Document type: Sale
Year: 1323
Scribe: Guillem Coscoll
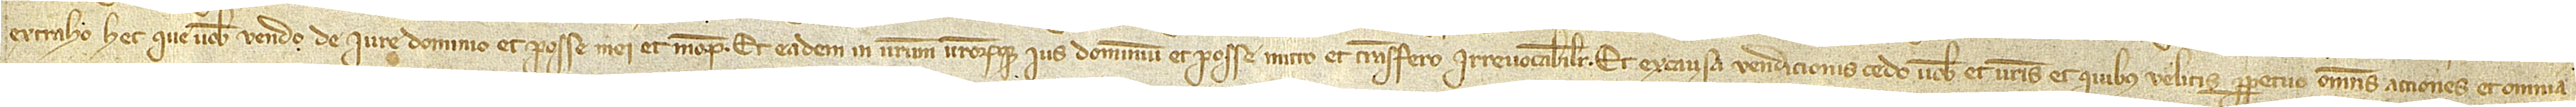
extraho hec que vobis vendo de iure, dominio et posse mei et meorum et eadem in vestrum vestrorumque ius, dominium et posse mitto et transfero irrevocabiliter. Et ex causa vendicionis cedo vobis et vestris et quibus velitis perpetuo omnes acciones et omnia